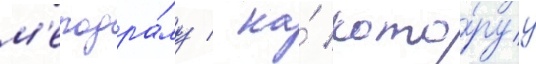
м'елодра́му / на́ кото́руу